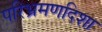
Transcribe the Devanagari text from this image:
परिभ्रमणदिशा